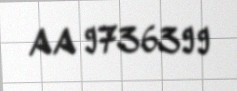
AA 9736399